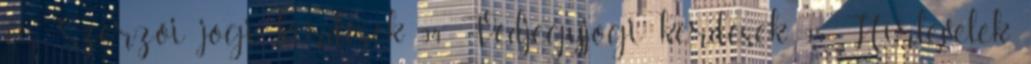
93 Szerzői jogi kérdések 94 Védjegyjogi kérdések 95 Hírlevelek